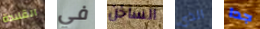
القلادة في الساخن الذي جدا